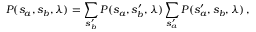
{ \cal P } ( s _ { a } , s _ { b } , \lambda ) = \sum _ { s _ { b } ^ { \prime } } { \cal P } ( s _ { a } , s _ { b } ^ { \prime } , \lambda ) \sum _ { s _ { a } ^ { \prime } } { \cal P } ( s _ { a } ^ { \prime } , s _ { b } , \lambda ) \, ,